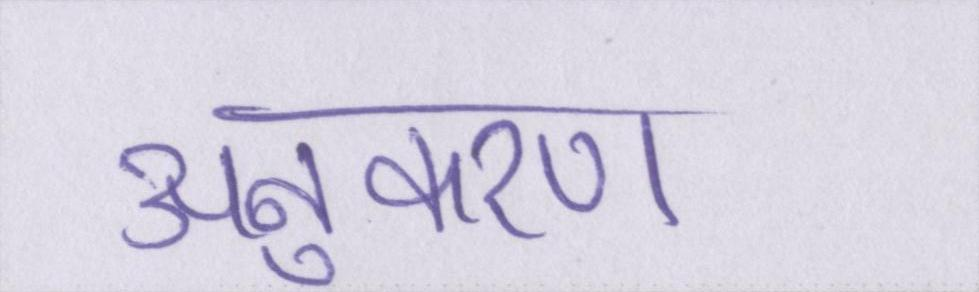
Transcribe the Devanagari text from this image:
अनुकरण